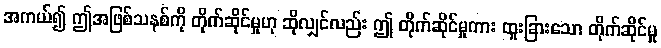
အကယ်၍ ဤအဖြစ်သနစ်ကို တိုက်ဆိုင်မှုဟု ဆိုလျှင်လည်း ဤ တိုက်ဆိုင်မှုကား ထူးခြားသော တိုက်ဆိုင်မှု